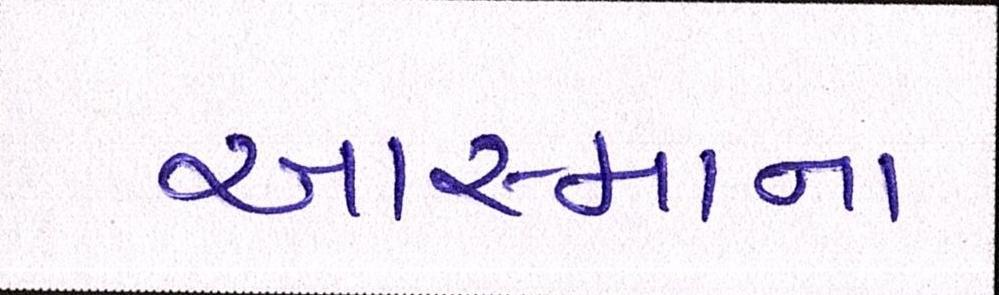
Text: આસ્માના